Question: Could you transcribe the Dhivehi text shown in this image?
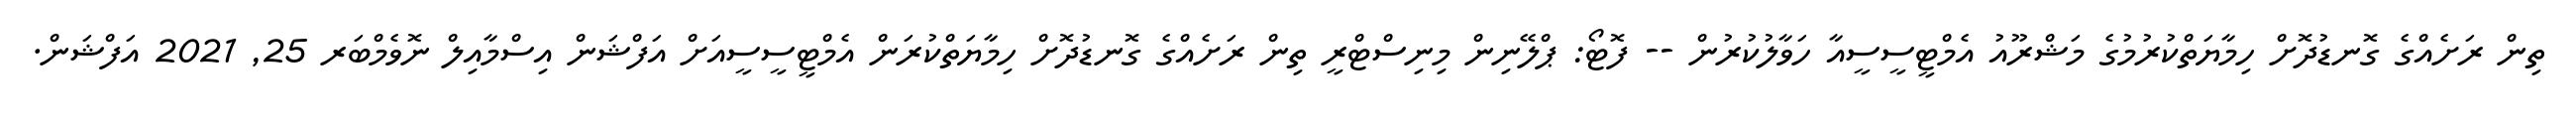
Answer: ތިން ރަށެއްގެ ގޮނޑުދޮށް ހިމާޔަތްކުރުމުގެ މަޝްރޫއު އެމްޓީސީސީއާ ހަވާލުކުރުން -- ފޮޓޯ: ޕްލޭނިން މިނިސްޓްރީ ތިން ރަށެއްގެ ގޮނޑުދޮށް ހިމާޔަތްކުރަން އެމްޓީސީސީއަށް އަފްޝަން އިސްމާއިލް ނޮވެމްބަރ 25, 2021 އަފްޝަން.